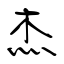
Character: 杰